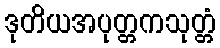
ဒုတိယအပုတ္တကသုတ္တံ